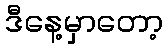
ဒီနေ့မှာတော့